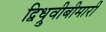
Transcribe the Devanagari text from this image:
द्विध्रुवीबीमारी